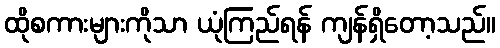
ထိုစကားများကိုသာ ယုံကြည်ရန် ကျန်ရှိတော့သည်။